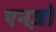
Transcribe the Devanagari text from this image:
एनज़ो